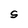
Character: S